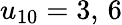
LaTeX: u_{10}=3,\, 6